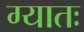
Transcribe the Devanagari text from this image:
ग्यातः